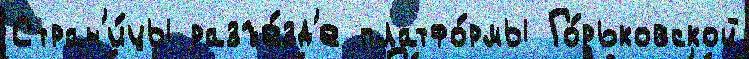
Стран'и́цы разъе́зд'е платфо́рмы Го́рьковской